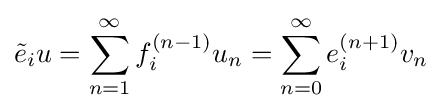
{\tilde {e}}_{i}u=\sum _{n=1}^{\infty }f_{i}^{(n-1)}u_{n}=\sum _{n=0}^{\infty }e_{i}^{(n+1)}v_{n}